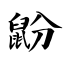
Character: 鼢